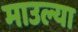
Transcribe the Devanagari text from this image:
माउल्या